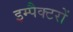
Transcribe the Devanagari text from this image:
इम्पैक्टरों